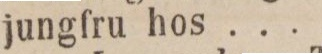
jungfru hos ....